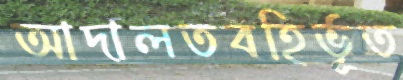
আদালতবহির্ভূত